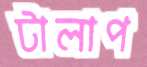
টালাপ